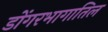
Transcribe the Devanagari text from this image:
डोंगरभागातिल